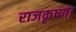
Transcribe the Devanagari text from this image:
राजकृष्णा